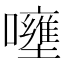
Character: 𡄐